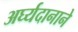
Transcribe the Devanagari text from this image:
अर्घ्यदानाने